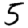
Digit: 5